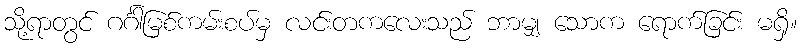
သို့ရာတွင် ဂင်္ဂါမြစ်ကမ်းစပ်မှ လင်းတကလေးသည် ဘာမျှ သောက ရောက်ခြင်း မရှိ။